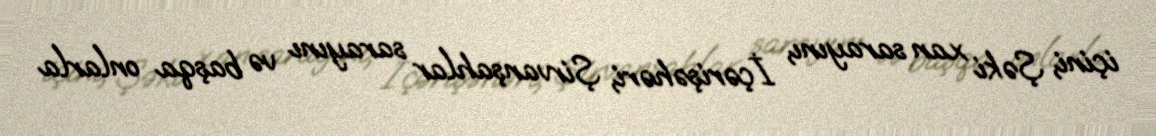
içini, Şəki xan sarayını, İçərişəhəri, Şirvanşahlar sarayını və başqa onlarla